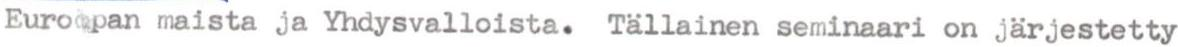
Europan maista ja Yhdysvalloista. Tällainen seminaari on järjestetty